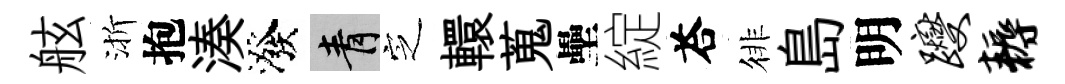
舷渐抱湊潑青㝎轘蒐壘綻荅徘島明躞耨